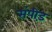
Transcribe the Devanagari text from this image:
संपीड़